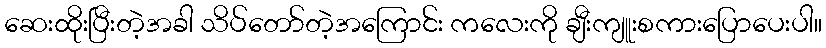
ဆေးထိုးပြီးတဲ့အခါ သိပ်တော်တဲ့အကြောင်း ကလေးကို ချီးကျူးစကားပြောပေးပါ။